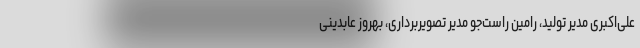
علی‌اکبری مدیر تولید، رامین راست‌جو مدیر تصویربرداری، بهروز عابدینی